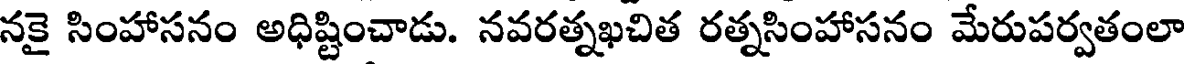
నకై సింహాసనం అధిష్టించాడు. నవరత్నఖచిత రత్నసింహాసనం మేరుపర్వతంలా